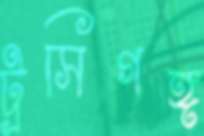
ট্রসিগঙ্গ